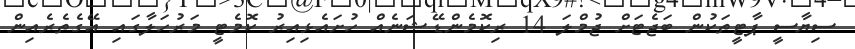
ސިޔާސީ ޕާޓީތަކުން ބަޖެޓަށް ޖުމްލަ 14 ރިކޮމެންޑޭޝަނެއް ހުށައެޅިއިރު ކޮމެޓީ މަރުހަލާގައި އޭގެތެރެއިން